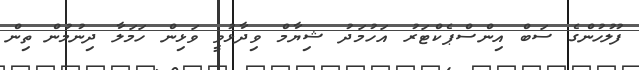
ފުލުހުންގެ ސަބް އިންސްޕެކްޓަރު އަހުމަދު ޝިޔާމް ވިދާޅުވީ ވަޅިން ހަމަލާ ދިނުމުން ތިން